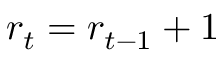
r _ { t } = r _ { t - 1 } + 1